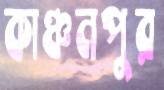
কাঞ্চনপুর